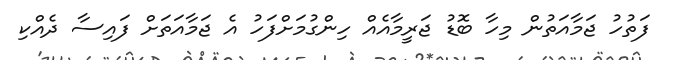
ފަތުހު ޖަމާއަތުން މިހާ ބޮޑު ޖަރީމާއެއް ހިންގުމަށްފަހު އެ ޖަމާއަތަށް ފައިސާ ދެއްކި